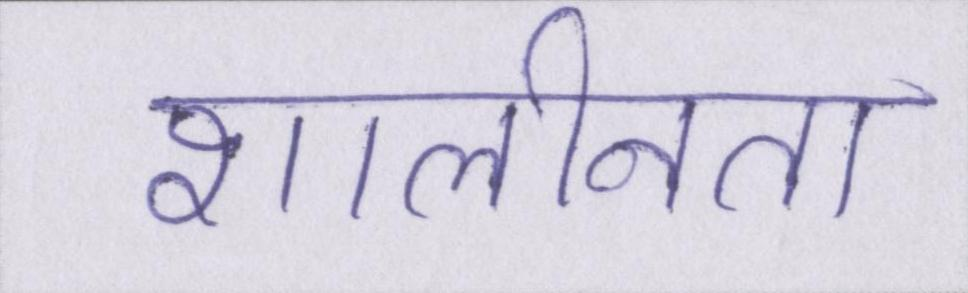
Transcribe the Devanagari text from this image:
शालीनता